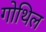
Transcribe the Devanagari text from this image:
गोथिल